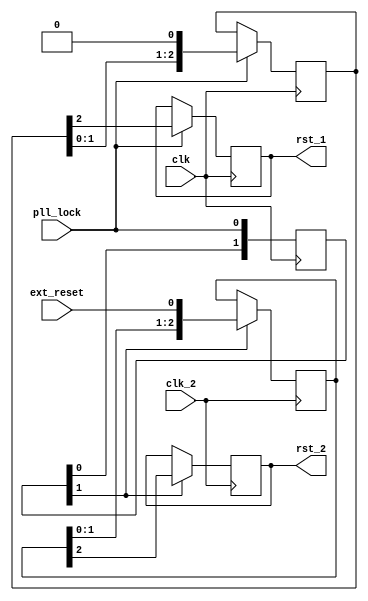
`timescale 1ns / 1ps
//////////////////////////////////////////////////////////////////////////////////
// Company: 
// Engineer: 
// 
// Design Name: 
// Module Name:    reset 
// Project Name: 
// Target Devices: 
// Tool versions: 
// Description: 
//
// Reset supervisor that waits for PLL lock, and synchronises reset signals to
// the 150 MHz clock domain
// Dependencies: 
//
// Revision: 
// Revision 0.01 - File Created
// Additional Comments: 
//
//////////////////////////////////////////////////////////////////////////////////
module reset(

	input clk,
	input pll_lock,
	output rst_1,
	
	input clk_2,
	output rst_2,
	input ext_reset
	
    );


	parameter RST_DELAY = 3;
	
	reg rst_1_reg = 1; // Hold in reset at startup
	
	reg [RST_DELAY-1:0] rst_dly = {RST_DELAY{1'b1}};
	
	// Note, you could inject a signal such as a SPST switch input instead of the zero
	// to allow you to reset the PLL manually.
	always @(posedge clk)
		if (pll_lock)
			{rst_1_reg, rst_dly} <= {rst_dly, 1'b0};
	
	assign rst_1 = rst_1_reg;
	
	// Get PLL lock signal into second clock domain
	reg [1:0] pll_lock_q;
	always @(posedge clk)
		pll_lock_q <= {pll_lock_q[0], pll_lock};
	
	// Get reset into the second clock domain
	
	reg rst_2_reg = 1'b1;
	reg [RST_DELAY-1:0] rst_dly_2 = {RST_DELAY{1'b1}};
	
	always @(posedge clk_2)
		if (pll_lock_q[1])
			{rst_2_reg, rst_dly_2} <= {rst_dly_2, ext_reset};
	
	assign rst_2 = rst_2_reg;
	
endmodule